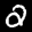
Label: 2